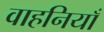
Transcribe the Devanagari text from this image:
वाहनियाँ